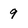
Character: 9